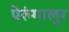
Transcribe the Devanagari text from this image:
पेरुंगालुर